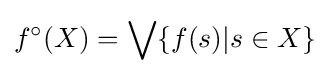
f^{\circ }(X)=\bigvee \{f(s)|s\in X\}